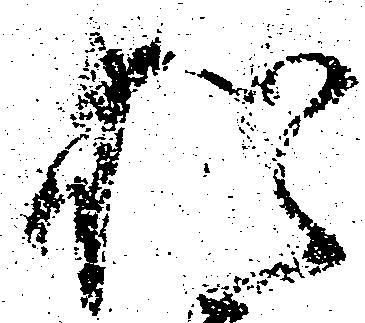
猶